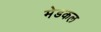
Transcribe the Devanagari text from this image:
मेडकल